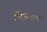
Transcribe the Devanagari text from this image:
भिजवाए